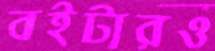
বইটারও